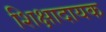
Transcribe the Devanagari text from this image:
शिक्षादायक